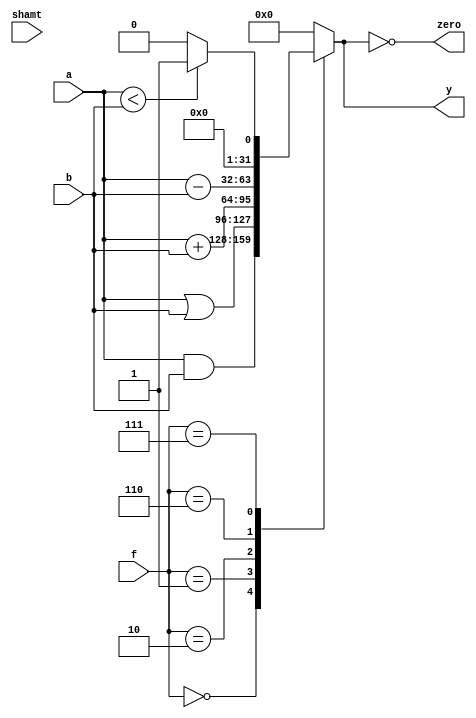

`timescale 1ns/1ns

module alu32(a, b, f, shamt, y, zero);
	input signed [31:0] a;
	input signed [31:0] b;
	input [2:0] f;
	input [4:0] shamt;
	output reg [31:0] y;
	output zero;

assign zero = (y == 32'd0);

always @ * begin
case (f) 
4'd0: y <= a&b; // And
4'd1: y <= a|b; // Or
4'd2: y <= a+b; // Add 
//4'd3: 
//4'd4: y <= a^b; // Xor
//4'd5: y <= a << shamt; // logical shift left by amount
4'd6: y <= a-b; // Sub 
 //y <= a >> shamt; // logical shift right by amount
4'd7: y <= (a<b)? 32'd1: 32'd0;
  //y <= a <<< shamt; // arithmetic shift left by amount
//4'd8: y <= a >>> shamt; // arithmetic shift right by amount
default: y <= 32'd0;
endcase
end

endmodule